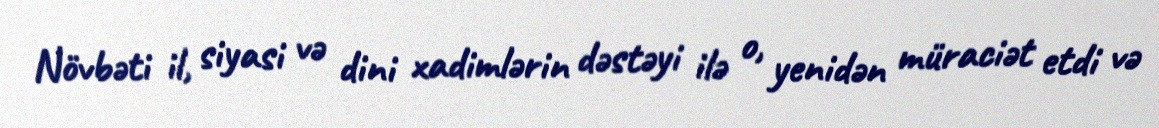
Növbəti il, siyasi və dini xadimlərin dəstəyi ilə o, yenidən müraciət etdi və